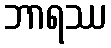
ဘာရဿ